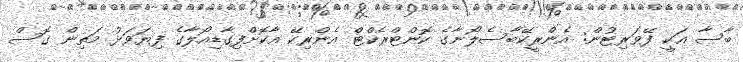
ބާސާ އަކީ ފޭވަރިޓުން: އެންރީކޭބާސެލޯނާގެ ކޮންޓްރެކްޓް އެންރިކޭ އާކޮށްފިގާޑިއޯލާގެ ފިޔަވަޅު މަތިން ގޮސް